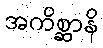
အကိစ္ဆာနိ